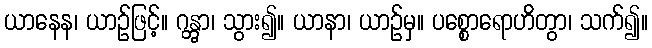
ယာနေန၊ ယာဉ်ဖြင့်။ ဂန္တွာ၊ သွား၍။ ယာနာ၊ ယာဉ်မှ။ ပစ္စောရောဟိတွာ၊ သက်၍။